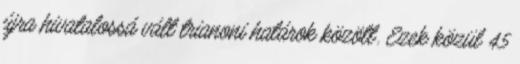
újra hivatalossá vált trianoni határok között. Ezek közül 45